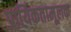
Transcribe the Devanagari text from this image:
प्रायिकतामूलक